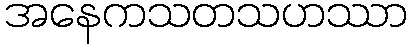
အနေကသတသဟဿာ